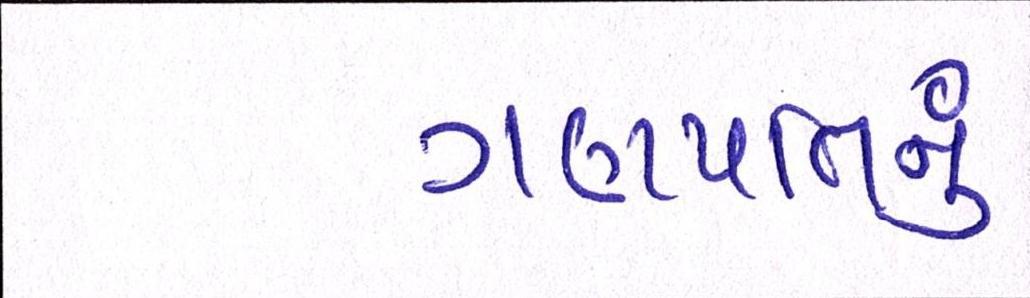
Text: ગણપતિનું